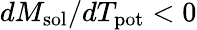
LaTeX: dM_{\mathrm{sol}}/dT_{\mathrm{pot}}<0